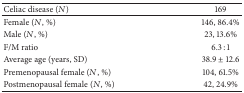
| Celiac disease (N) | 169 |
 | --- | --- |
 | Female (N, %) | 146, 86.4% |
 | Male (N, %) | 23, 13.6% |
 | F/M ratio | 6.3 : 1 |
 | Average age (years, SD) | 38.9 ± 12.6 |
 | Premenopausal female (N, %) | 104, 61.5% |
 | Postmenopausal female (N, %) | 42, 24.9% |